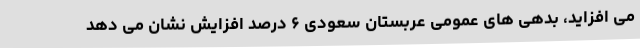
می افزاید، بدهی های عمومی عربستان سعودی ۶ درصد افزایش نشان می دهد